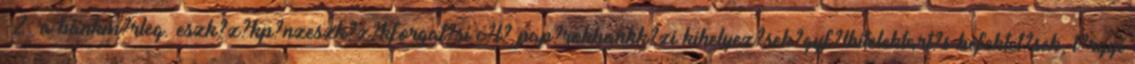
-2. a bankm?rleg. eszk?z?kp?nzeszk?z?kforgat?si c?l? pap?rokbankk?zi kihelyez?sek?gyf?lhitelektart?s befektet?sek, t?rgyi